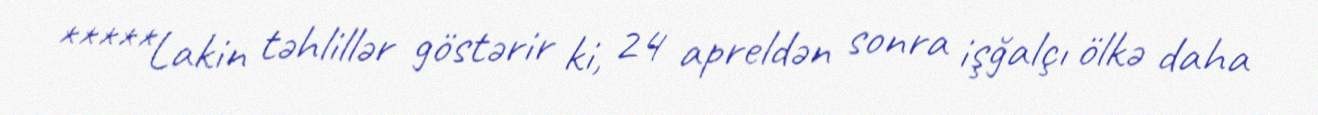
*****Lakin təhlillər göstərir ki, 24 apreldən sonra işğalçı ölkə daha